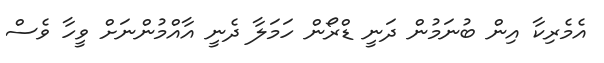
އެމެރިކާ އިން ބުނަމުން ދަނީ ޑްރޯން ހަމަލާ ދެނީ އާއްމުންނަށް ވީހާ ވެސް